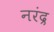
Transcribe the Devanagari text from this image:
नरंद्र